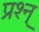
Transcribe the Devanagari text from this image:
प्रश्न्